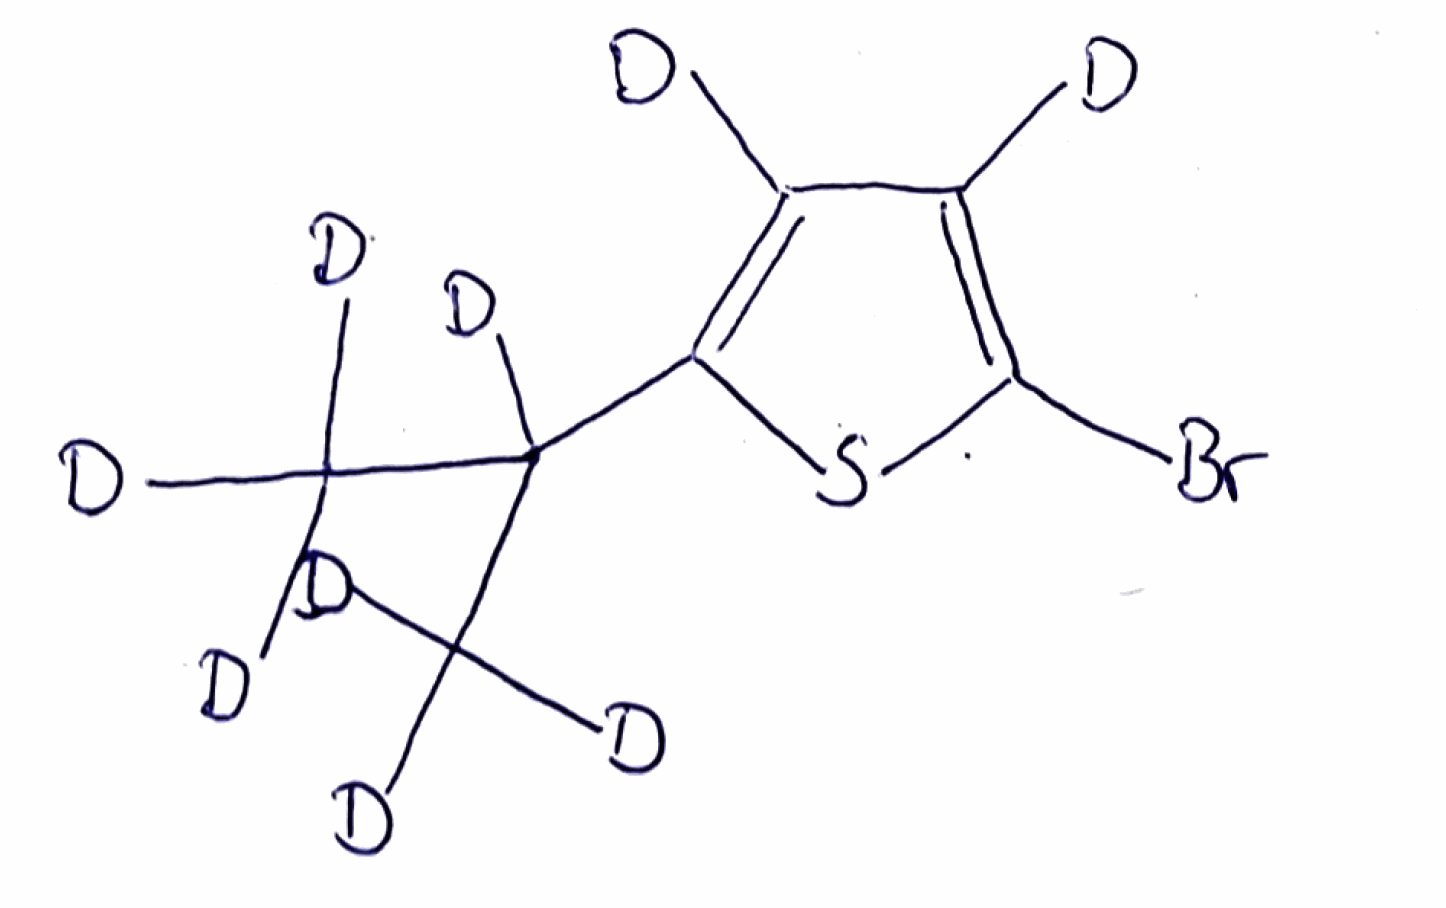
Simplified molecular-input line-entry system (SMILES) notation of the given molecule:
[2H]C1=C(SC(=C1[2H])Br)C([2H])(C([2H])([2H])[2H])C([2H])([2H])[2H]